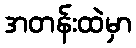
အတန်းထဲမှာ